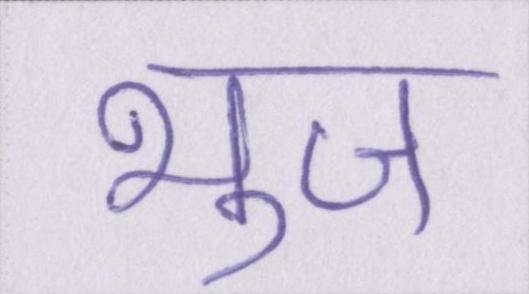
भुज